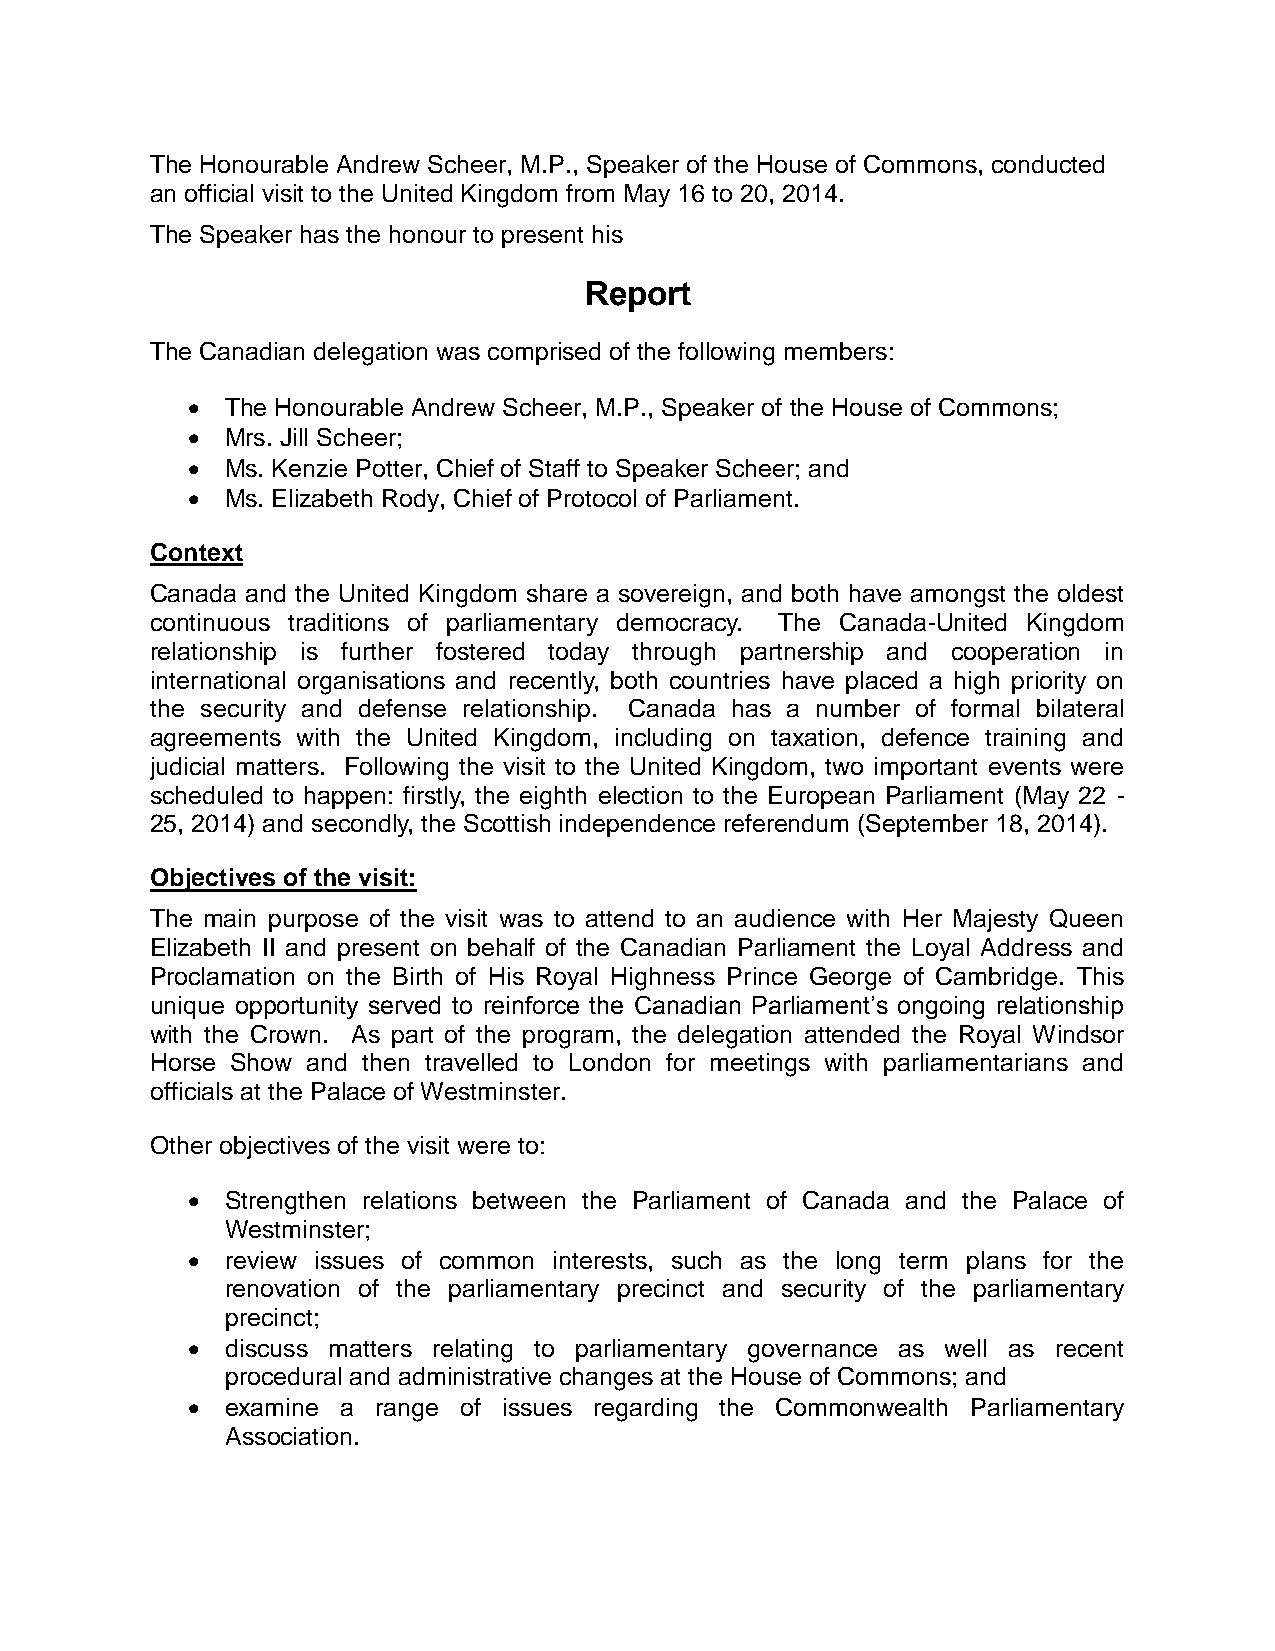
The Honourable Andrew Scheer, M.P., Speaker of the House of Commons, conducted
 an official visit to the United Kingdom from May 16 to 20, 2014.
 The Speaker has the honour to present his
 Report
 The Canadian delegation was comprised of the following members:
   The Honourable Andrew Scheer, M.P., Speaker of the House of Commons;
   Mrs. Jill Scheer;
   Ms. Kenzie Potter, Chief of Staff to Speaker Scheer; and
   Ms. Elizabeth Rody, Chief of Protocol of Parliament.
 Context
 Canada and the United Kingdom share a sovereign, and both have amongst the oldest
 continuous traditions of parliamentary democracy. The Canada-United Kingdom
 relationship is further fostered today through partnership and cooperation in
 international organisations and recently, both countries have placed a high priority on
 the security and defense relationship. Canada has a number of formal bilateral
 agreements with the United Kingdom, including on taxation, defence training and
 judicial matters. Following the visit to the United Kingdom, two important events were
 scheduled to happen: firstly, the eighth election to the European Parliament (May 22 -
 25, 2014) and secondly, the Scottish independence referendum (September 18, 2014).
 Objectives of the visit:
 The main purpose of the visit was to attend to an audience with Her Majesty Queen
 Elizabeth II and present on behalf of the Canadian Parliament the Loyal Address and
 Proclamation on the Birth of His Royal Highness Prince George of Cambridge. This
 unique opportunity served to reinforce the Canadian Parliament’s ongoing relationship
 with the Crown. As part of the program, the delegation attended the Royal Windsor
 Horse Show and then travelled to London for meetings with parliamentarians and
 officials at the Palace of Westminster.
 Other objectives of the visit were to:
   Strengthen relations between the Parliament of Canada and the Palace of
 Westminster;
   review issues of common interests, such as the long term plans for the
 renovation of the parliamentary precinct and security of the parliamentary
 precinct;
   discuss matters relating to parliamentary governance as well as recent
 procedural and administrative changes at the House of Commons; and
   examine a range of issues regarding the Commonwealth Parliamentary
 Association.